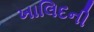
ખાલિદની